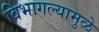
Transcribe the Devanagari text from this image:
विभागल्यामुळे